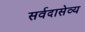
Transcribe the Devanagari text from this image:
सर्वदासेव्य